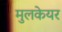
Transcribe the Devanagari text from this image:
मुलकेयर